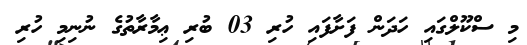
މި ސްކޫލްގައި ހަދަން ފަށާފައި ހުރި 03 ބުރި ޢިމާރާތުގެ ނުނިމި ހުރި